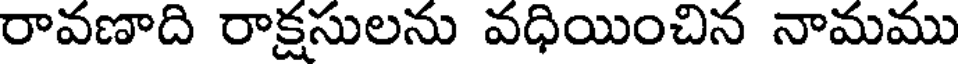
రావణాది రాక్షసులను వధియించిన నామము